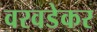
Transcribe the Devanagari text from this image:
वरवडेकर